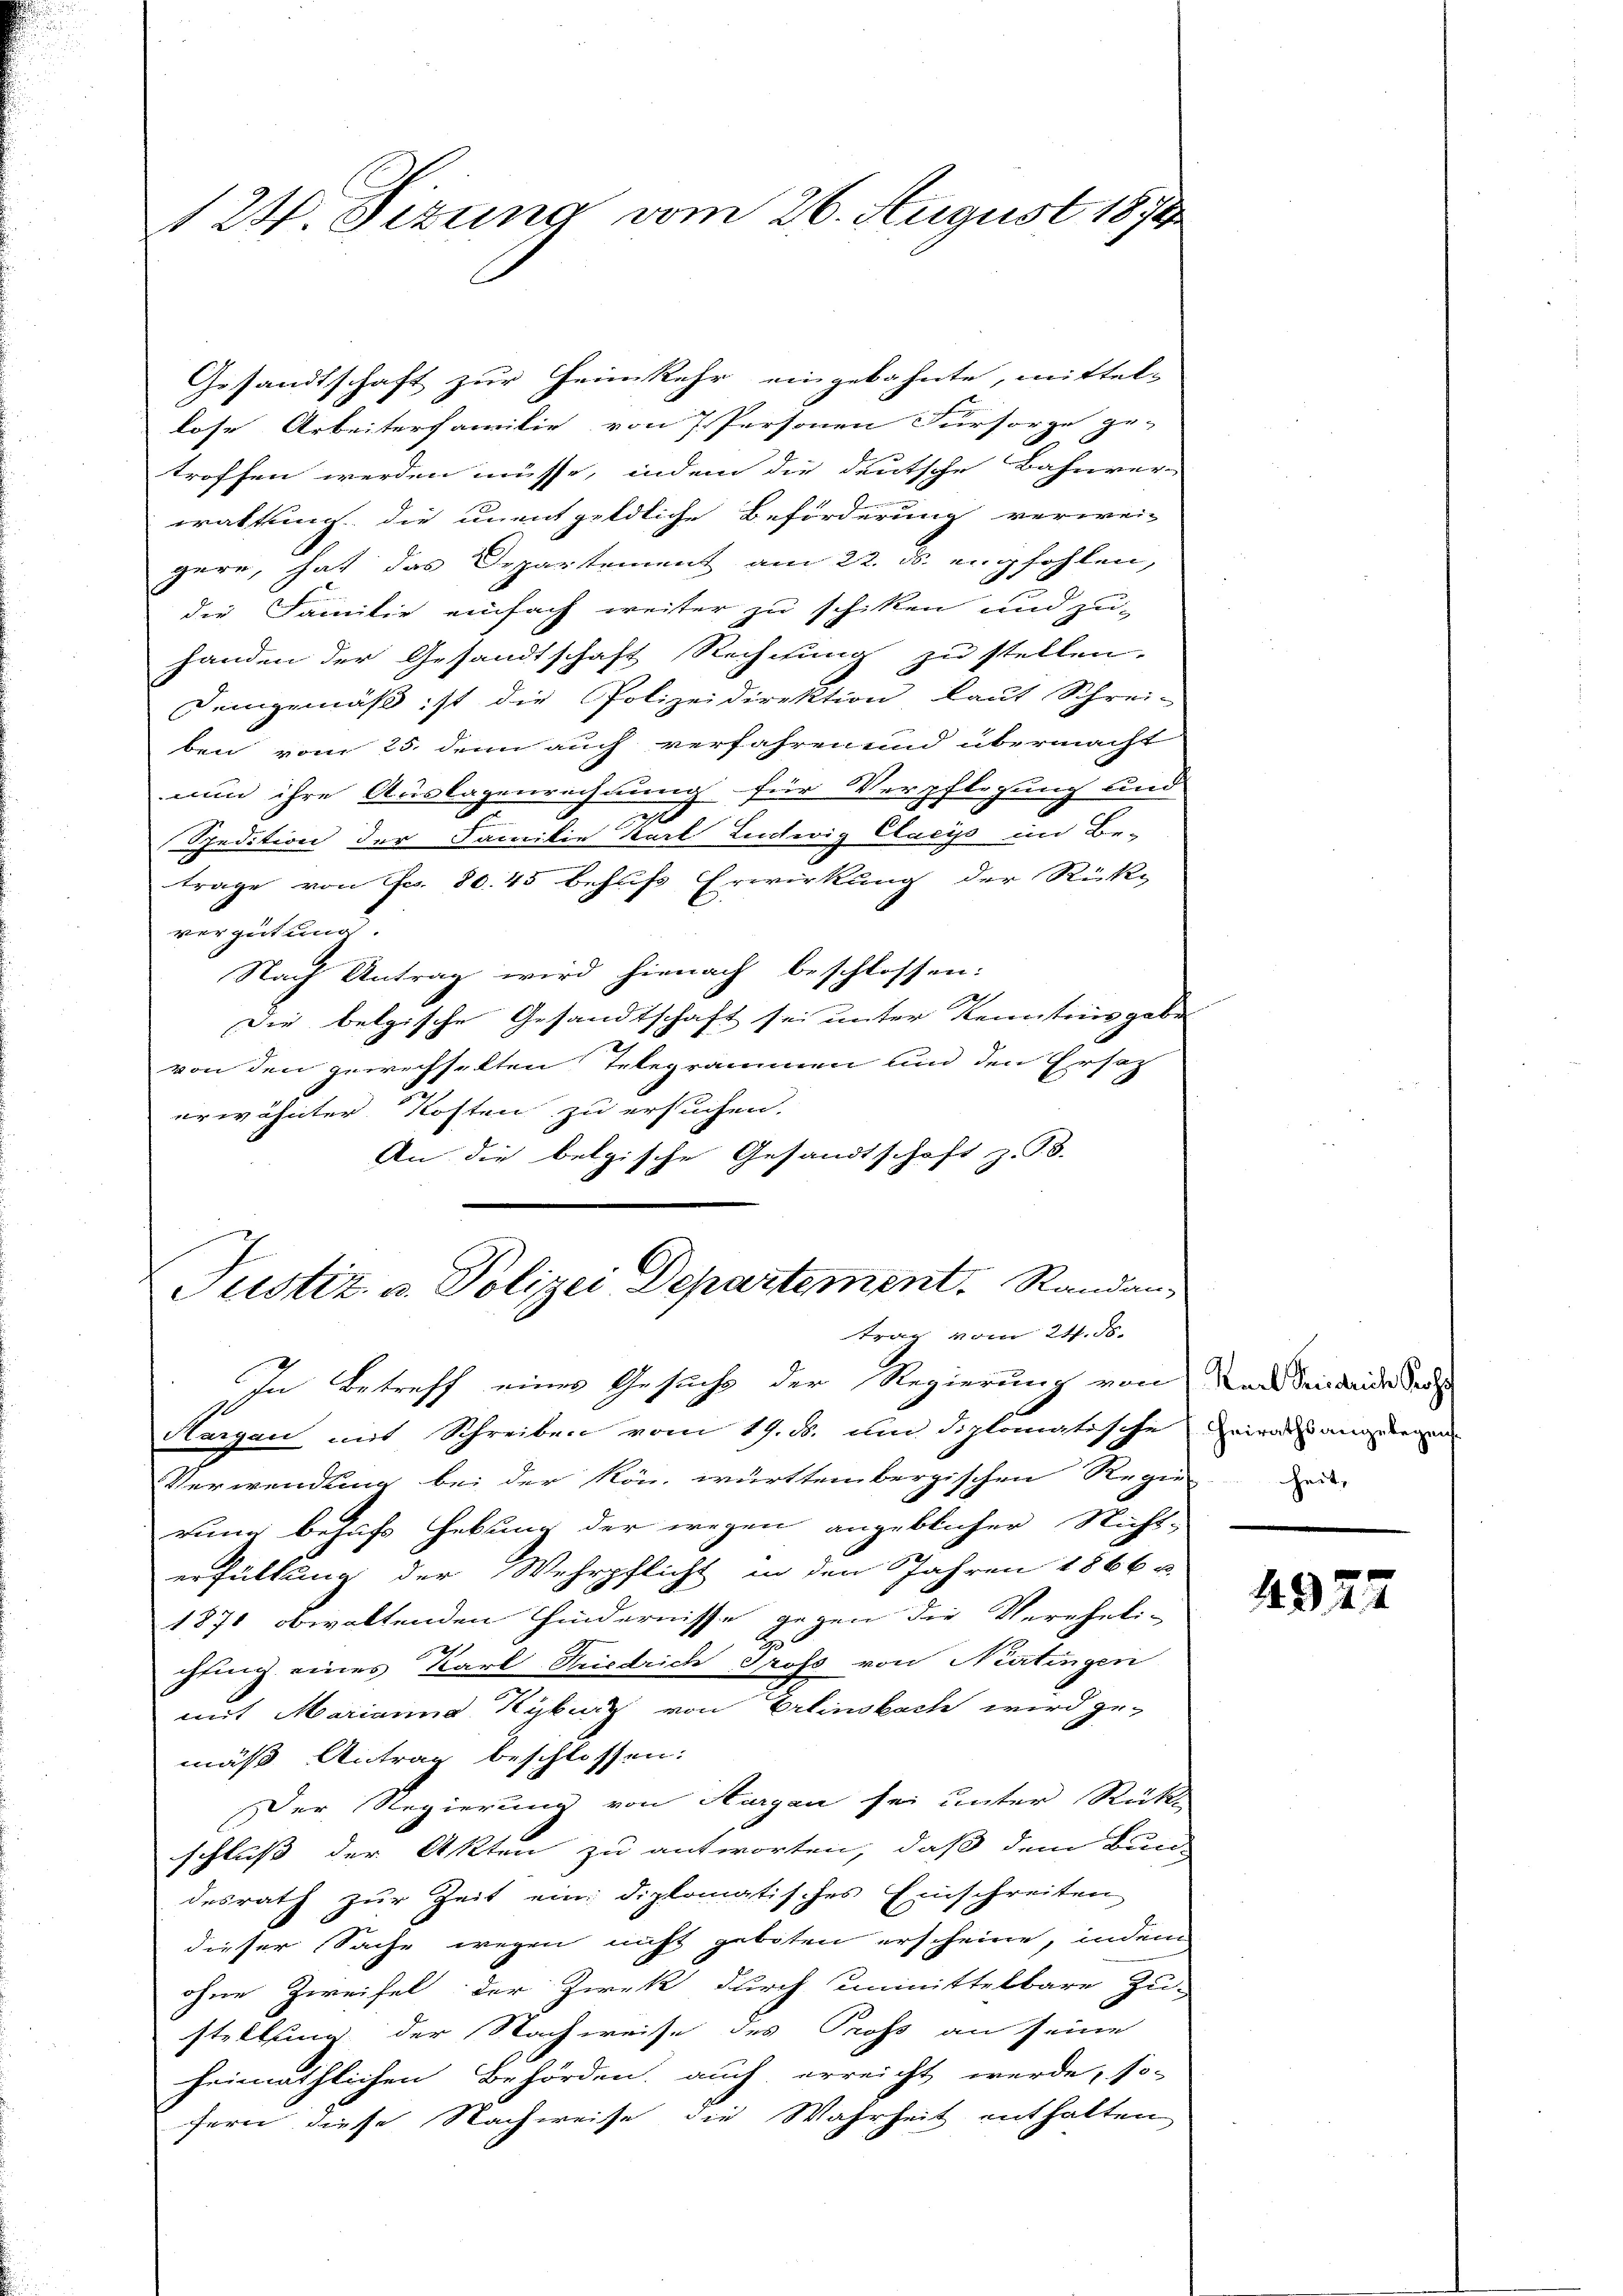
124. Sezung vom 26. August 1874

Gesandtschaft zur Heimkehr eingebahnte, mittel-
lose Arbeiterfamilie von 7 Personen Fürsorge ge-
troffen werden müsse, indem die deutsche Bahnver-
waltung, die unentgeldliche Beförderung verwei-
gere, hat das Departement am 22. ds. empfohlen,
.
die Familie einfach weiter zu schiken und zu-
handen der Gesandtschaft Rechnung zu stellen.
Demgemäß ist die Polizeidirektion laut Schrei-
ben vom 25. denn auch verfahren und übermacht
nun ihre Auslagenrechnung für Verpflegung und
Spedition der Familie Karl Ludwig Clacys im Be-
trage von Nr. 80. 45 behufs Erwirkung der Rüker
vergut und
Nach Antrag wird hienach beschlossen:
Die belgische Gesandtschaft sei unter Kenntnis gebe
von den gewechselten Telegrammen und den Ersatz
erwähnter Kosten zu ersuchen.
An die belgische Gesandtschaft z. B.
Justiz u. Polizei Departement. Randan
trag vom 24. ds.
In Betreff einer Gesuch der Regierung von an den beide des
Aargau mit Schreiben vom 19. ds. um diplomatische
Verwendung bei der kön. württembergischen Regen
E
rung behufs Hebung der wegen angeblicher Nicht-
erfüllung der Wehrpflicht in den Jahren 1866 u.
1871 obwaltenden Hindernisse gegen die Vereheli-
H
chling eines Karl Friedrich Profs von Neatingen
mit Marianna Kyburg von Erlinsbach wird ge-
mäß Antrag beschlossen:
Der Regierung von Aargau sei unter Rütt
schluß der Akten zu antworten, daß dem Bun-
desrath zŭr Zeit ein diplomatisches Einschreiten
dieser Sache wegen nicht geboten erscheine, indem
ohne Zweifel der Zwek durch unmittelbare Zu-
stellung der Nachweise des Pross an seine
heimathlichen Behörden, auch erreicht werde, so-
fern diese Nachweise die Wahrheit enthalten

Heirathsangelegen.
heit,

4922